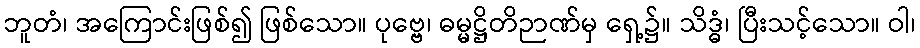
ဘူတံ၊ အကြောင်းဖြစ်၍ ဖြစ်သော။ ပုဗ္ဗေ၊ ဓမ္မဋ္ဌိတိဉာဏ်မှ ရှေ့၌။ သိဒ္ဓံ၊ ပြီးသင့်သော။ ဝါ၊